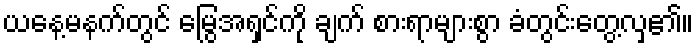
ယနေ့မနက်တွင် မြွေအရှင်ကို ချက် စားရာများစွာ ခံတွင်းတွေ့လှ၏။